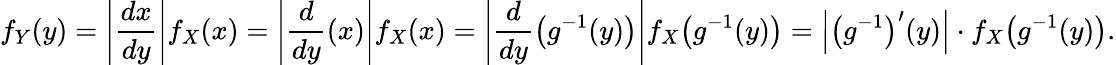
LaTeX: f_{Y}(y)=\left|{\frac{dx}{dy}}\right|f_{X}(x)=\left|{\frac{d}{dy}}(x)\right|f_{X}(x)=\left|{\frac{d}{dy}}{\big(}g^{-1}(y){\big)}\right|f_{X}{\big(}g^{-1}(y){\big)}={\left|\left(g^{-1}\right)^{\prime}(y)\right|}\cdot f_{X}{\big(}g^{-1}(y){\big)}.